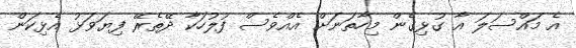
އެ މައްސަލަ އާ ގުޅިގެން މިހާތަނަށް އެއްވެސް ފުލުހަކާ ދޭތެރޭ ފިޔަވަޅު އެޅިކަން